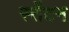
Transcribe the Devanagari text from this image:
स्तेंटन